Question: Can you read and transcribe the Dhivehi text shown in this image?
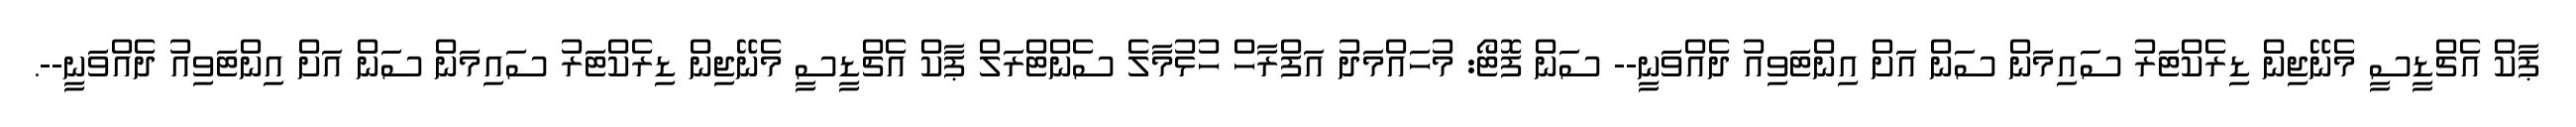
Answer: ޕާކް އެޗްޑީސީ މެނޭޖިން ޑިރެކްޓަރު ސައިމަން ސަން އަށް އިންޓަވިއު ދެއްވަނީ-- ސަން ފޮޓޯ: މުހައްމަދު އަފްރާހް ހުޅުމާލެ ސެންޓްރަލް ޕާކް އެޗްޑީސީ މެނޭޖިން ޑިރެކްޓަރު ސައިމަން ސަން އަށް އިންޓަވިއު ދެއްވަނީ--.